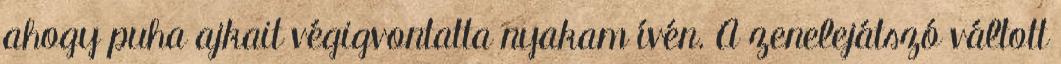
ahogy puha ajkait végigvontatta nyakam ívén. A zenelejátszó váltott